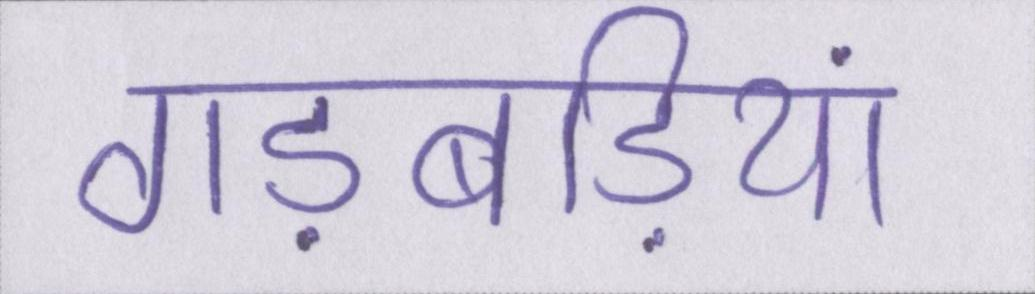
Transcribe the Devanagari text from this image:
गड़बड़ियां